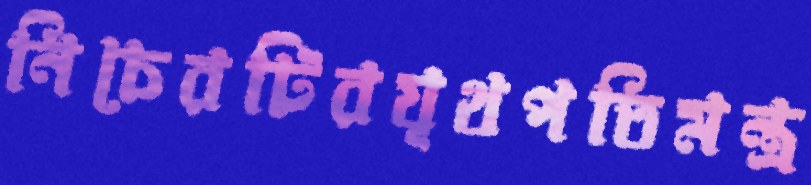
নিচেরটিরযূথপতিমন্ত্র